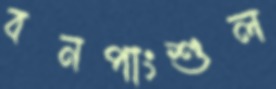
বনপাংশুল